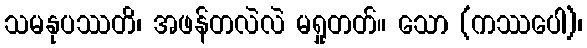
သမနုပဿတိ၊ အဖန်တလဲလဲ မရှုတတ်။ သော (ကဿပေါ)၊